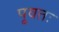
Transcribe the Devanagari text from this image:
पूवतः